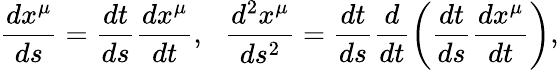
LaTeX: \frac{dx^{\mu}}{ds}=\frac{dt}{ds}\frac{dx^{\mu}}{dt},\, \, \, \, \frac{d^{2}x^{\mu}}{ds^{2}}=\frac{dt}{ds}\frac{d}{dt}\left(\frac{dt}{ds}\frac{dx^{\mu}}{dt}\right),